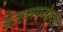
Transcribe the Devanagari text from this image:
डेव्हलपमेन्टन